Leaving Certificate Examination (including Day School Certificate (Higher) General paper), 1939
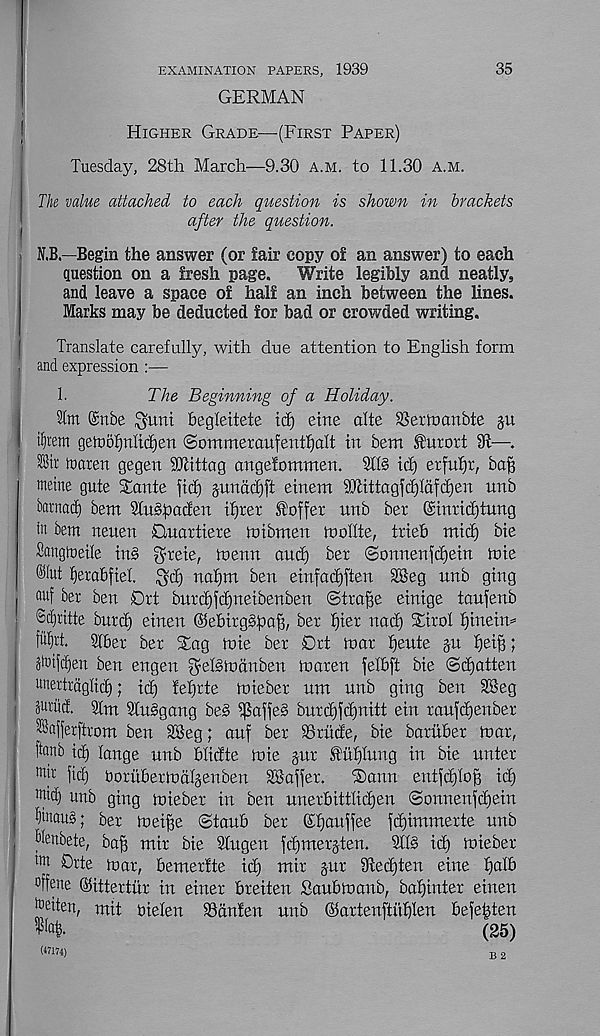
35
EXAMINATION PAPERS, 1939
GERMAN
Higher Grade—(First Paper)
Tuesday, 28th March—9.30 a.m. to 11.30 a.m.
Tk value attached to each question is shown in brackets
after the question.
N.B.—Begin the answer (or fair copy of an answer) to each
question on a fresh page.
Write legibly and neatly,
and, leave a space of half an inch between the lines,
larks may be deducted for bad or crowded writing.
Translate carefully, with due attention to English form
, and expression
1.
The Beginning of a Holiday.
2tm ®nbe $uni begleitete id) eine alte SSermanbte
i intern geto6f)nlid}ett <Sommeraufentf)alt in bem kurort 9t—.
luaxen gegen Sftittag angefommen.
icf) erfu^r, bafj
meine gute iTante fid) junddjft einem il}tittagfd)ldfd)en nnb
baraad) bem 3ln§f)aden if)rer Coffer unb ber ©inridjtung
in bem neuen Quartiere mibrnen molfte, trieb mic^ bie
Sangtueile in§ greie, menu and) ber ©onnenfdfein mie
®lut fjerabfiel
nafjm ben einfadjften 3®eg unb ging
I fluf ber ben Ort burd)fc()neibenben ©tra^e einige tanfenb
j ®bf)ritte burd) einen ®ebirg§faa^, ber f)ier nad) Sirol f)ineim
f%t Sfber ber Stag mie ber Drt mar Ifeute §u f)ei§;
Jitiftfien ben engen ^eRmdnben maren felbft bie ©djatten
unertrdglid); id) lel)rte mieber um unb ging ben 3Beg
juriicf. 3lnt 2Iu§gang be§ gaffes burd)fd)nitt ein raufdjenber
^afferftrom ben 2Beg; auf ber iBrhde, bie baruber mar,
ftanb id) lange unb blidte mie jur Stuf)lung in bie unter
mtr fid) borubermdlgenben Staffer.
®ann entfdjloff iti)
wicf) unb ging mieber in ben nnerbittlidjen ©onnenfdfein
^nau§; ber mei^e ©taub ber Glfauffee fd)immerte unb
Menbete, ba^ mir bie 21ugen fd)merjten. 31I§ id) mieber
l w Drte mar, bemerfte id) mir jur 9ted)ten eine fjalb
offene ©ittertiir in einer breiten Saubmanb, bafjinter einen
Wten, mit uielen iBdnfen unb ©artenftufflen befebten
(25)